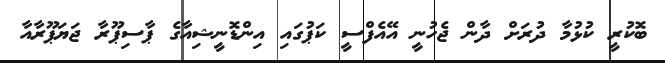
ބޮކުރީ ކުޅުމާ ދުރަށް ދާން ޖެހުނީ އޭއެފްސީ ކަޕުގައި އިންޑޮނީޝިއާގެ ޕާސިޕޫރާ ޖަޔަޕޫރާއާ